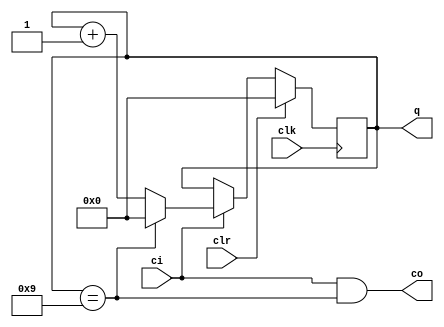
//==================================================================================================
//  Revision      : final
//
//  Description   : N 
//
//
//==================================================================================================
module counter(clk,ci,clr,co,q);
	parameter N=10,CounterBits=4;
	input clk,ci,clr;
	output co;
	output reg[CounterBits-1:0] q=0;

	assign co=ci&&(q==N-1);//
	always @(posedge clk) begin
		if(clr) begin
			q=0;//
		end
		//
		else begin
			if(ci) begin
				if(q==N-1) begin
					q=0;
				end
				else begin
					q=q+1;
				end
			end
			else begin
				q=q;
			end
		end
	end

endmodule